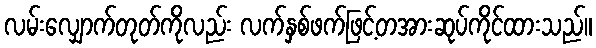
လမ်းလျှောက်တုတ်ကိုလည်း လက်နှစ်ဖက်ဖြင့်တအားဆုပ်ကိုင်ထားသည်။